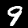
Digit: 9